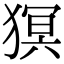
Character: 猽